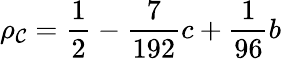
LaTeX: \rho_{\mathcal{C}}=\frac{{1}}{{2}}-\frac{{7}}{{192}}c+\frac{{1}}{{96}}b